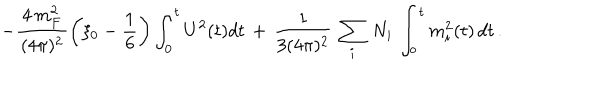
- \frac { \, 4 \, m _ { F } ^ { 2 } \, } { ( 4 \pi ) ^ { 2 } } \left( \xi _ { 0 } - \frac { 1 } { 6 } \right) \int _ { 0 } ^ { t } U ^ { 2 } ( t ) d t \, + \, \frac { 1 } { 3 ( 4 \pi ) ^ { 2 } } \, \sum _ { i } \, N _ { i } \, \int _ { o } ^ { t } m _ { i } ^ { 2 } ( t ) \, d t \, .